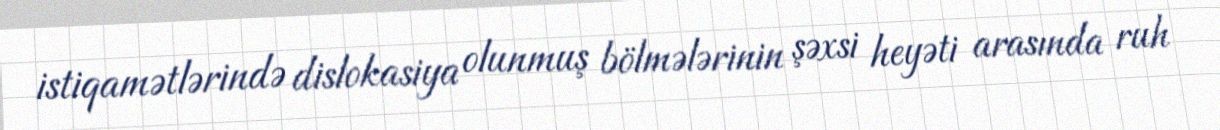
istiqamətlərində dislokasiya olunmuş bölmələrinin şəxsi heyəti arasında ruh